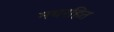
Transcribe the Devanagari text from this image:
मद्यरहित